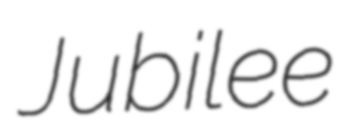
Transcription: Jubilee